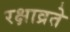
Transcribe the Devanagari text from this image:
रक्षाव्रते